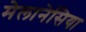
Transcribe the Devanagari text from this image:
मेलानेसिया